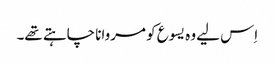
‏ اِس لیے وہ یسوع کو مروانا چاہتے تھے۔